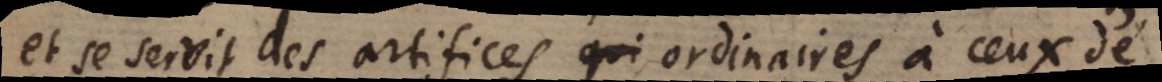
et se servit des artifices ordinaires à ceux de